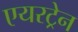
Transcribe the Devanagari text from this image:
एयरट्रेन